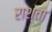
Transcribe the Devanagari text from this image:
राश्ता